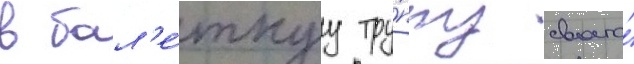
в бал'е́тнуу тру́ппу своего́